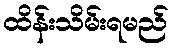
ထိန်းသိမ်းရမည်